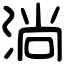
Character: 淌